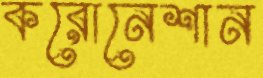
করোনেশান